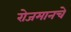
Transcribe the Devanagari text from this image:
रोजमानचे